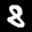
Label: 8